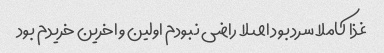
غذا کاملا سرد بود اصلا راضی نبودم اولین و اخرین خریدم بود